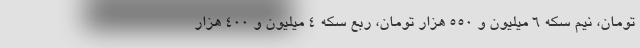
تومان، نیم سکه 6 میلیون و 550 هزار تومان، ربع سکه 4 میلیون و 400 هزار